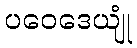
ပဝေဒေယျုံ